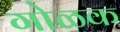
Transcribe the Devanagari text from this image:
गोळक